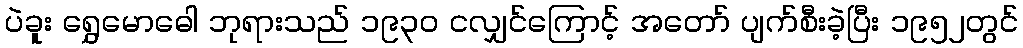
ပဲခူး ရွှေမောဓေါ ဘုရားသည် ၁၉၃၀ ငလျှင်ကြောင့် အတော် ပျက်စီးခဲ့ပြီး ၁၉၅၂တွင်